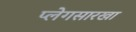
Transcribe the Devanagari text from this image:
प्लेगसारखा